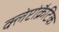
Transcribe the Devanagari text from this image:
क्लेप्टोक्रैटिक